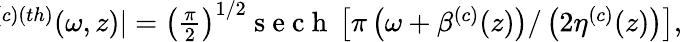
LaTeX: \begin{array}{r}{\! \! \! \! \! \! \! |\hat{\psi}^{(c)(th)}(\omega,z)|=\left(\frac{\pi}{2}\right)^{1/2}\mathrm{~s~e~c~h~}\left[\pi\left(\omega+\beta^{(c)}(z)\right)/\left(2\eta^{(c)}(z)\right)\right],}\end{array}